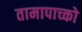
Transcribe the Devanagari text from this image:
तामापाच्को